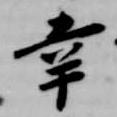
辛